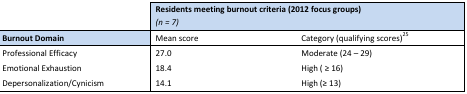
<table><thead><tr><td></td><td colspan="2"><b>Residents meeting burnout criteria (2012 focus groups) <i>(n = 7)</i></b></td></tr><tr><td><b>Burnout Domain</b></td><td><b>Mean score</b></td><td><b>Category (qualifying scores)25</b></td></tr></thead><tbody><tr><td>Professional Efficacy</td><td>27.0</td><td>Moderate (24 – 29)</td></tr><tr><td>Emotional Exhaustion</td><td>18.4</td><td>High ( ≥ 16)</td></tr><tr><td>Depersonalization/Cynicism</td><td>14.1</td><td>High (≥ 13)</td></tr></tbody></table>